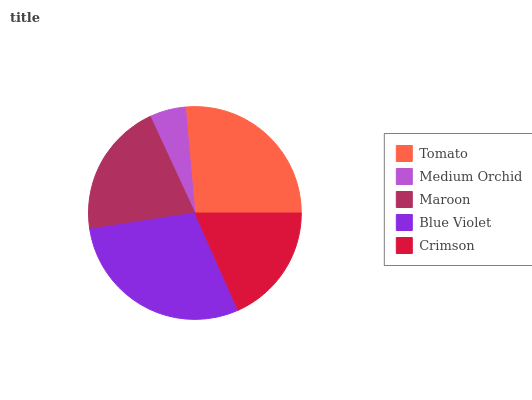
| Tomato | Medium Orchid | Maroon | Blue Violet | Crimson |
 | --- | --- | --- | --- | --- |
 | 26.4% | 5.47% | 20.5% | 29.3% | 18.3% |